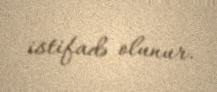
istifadə olunur.